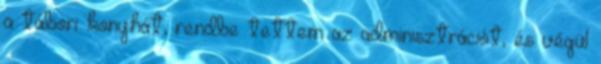
a tábori konyhát, rendbe tettem az adminisztrációt, és végül